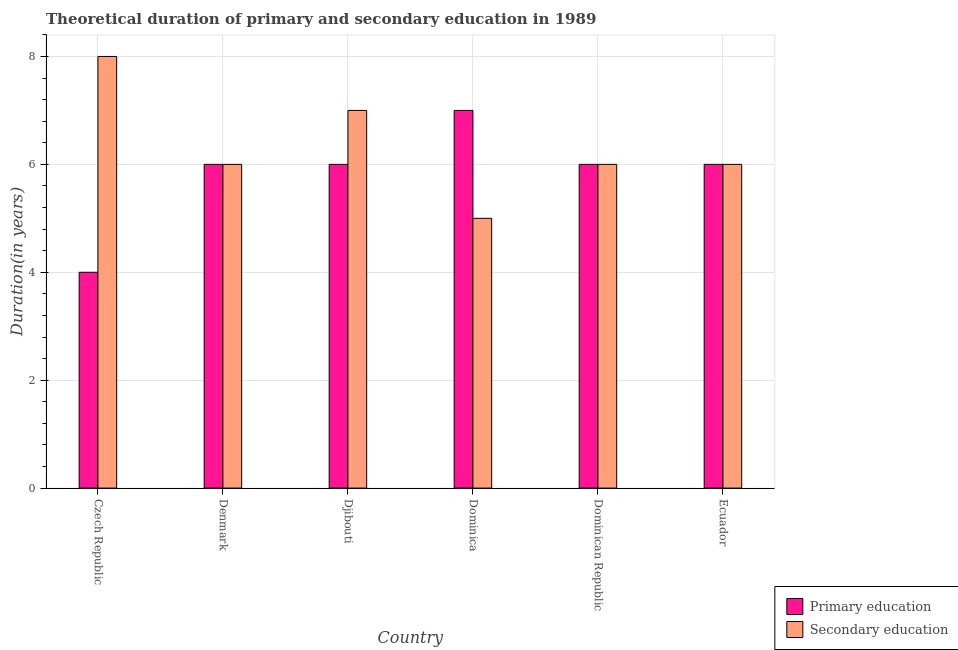
| Country | Primary education | Secondary education |
 | --- | --- | --- |
 | Czech Republic | 4 | 8 |
 | Denmark | 6 | 6 |
 | Djibouti | 6 | 7 |
 | Dominica | 7 | 5 |
 | Dominican Republic | 6 | 6 |
 | Ecuador | 6 | 6 |